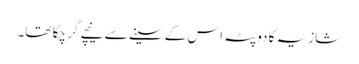
شازیہ کا دوپٹہ اس کے سینے سے نیچے گر چکا تھا۔